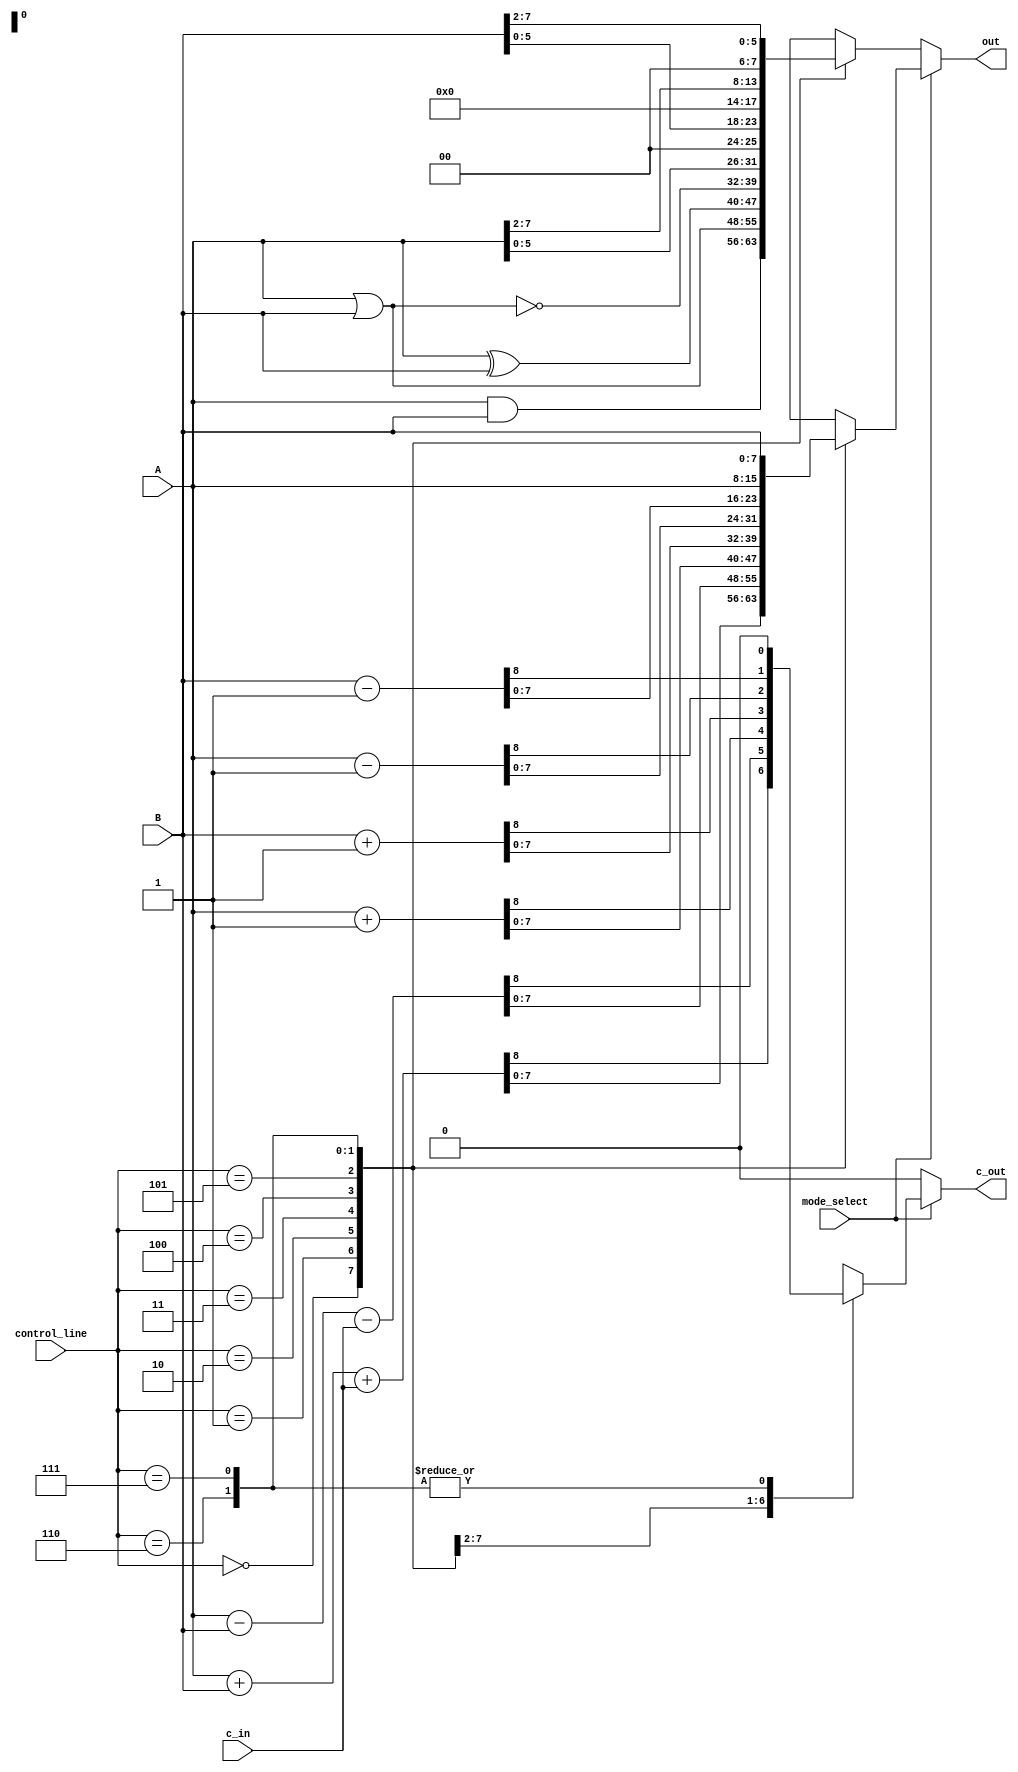
//Verilog Code for 8 bit ALU.
//Omkar Bhilare, 191060901

module ALU( A, B, c_in, control_line, mode_select, out, c_out);

input [7:0] A, B;    	   //8 Bit input A and B
input c_in;		   //C in input 
input [2:0] control_line;  //3 Bit control line for selecting ALU operation
input mode_select;  	   //Mode = 1 = ARITHMETIC :: Mode = 0 = LOGICAL

output reg c_out;	   //C out output for arithmetic 
output reg [7:0] out;      //8 Bit output reg

always@(*)
begin
    if(mode_select)
    begin
       case(control_line)
            3'd0 :  {c_out, out} = A + B + c_in;
            3'd1 :  {c_out, out} = A - B - c_in;
            3'd2 :  {c_out, out} = A + 1'b1;
            3'd3 :  {c_out, out} = B + 1'b1;
            3'd4 :  {c_out, out} = A - 1'b1;
            3'd5 :  {c_out, out} = B - 1'b1;
            3'd6 :  begin out = A; c_out = 0; end
            3'd7 :  begin out = B; c_out = 0; end
            default: out  = 8'd0;
       endcase
    end
    else
    begin
       c_out = 0;   	   //Keeping C out LOW in Logical Mode
       case(control_line)
            3'd0 :  out = A & B;
            3'd1 :  out = A | B; 
            3'd2 :  out = A ^ B;
	    3'd3 :  out = ~ (A | B);
            3'd4 :  out = A << 2;
            3'd5 :  out = B << 2;
            3'd6 :  out = A >> 2;
            3'd7 :  out = B >> 2;
            default: out  = 8'd0;       
       endcase
    end
end

endmodule